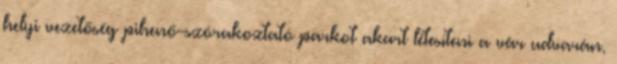
helyi vezetőség pihenő-szórakoztató parkot akart létesíteni a vár udvarán.